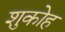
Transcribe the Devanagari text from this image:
शुकोह